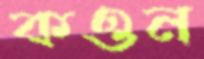
কওন